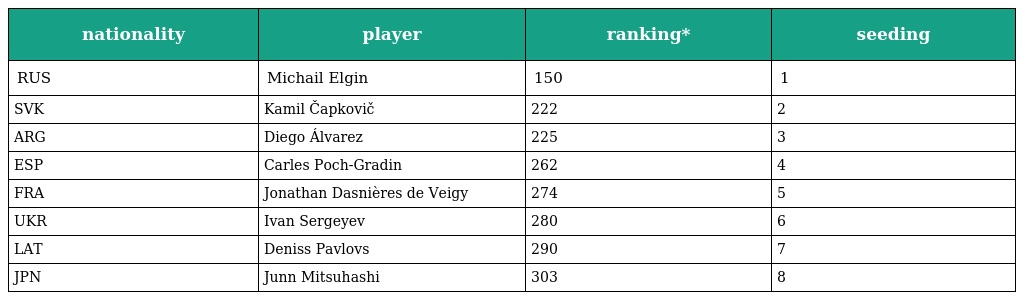
| nationality | player | ranking* | seeding |
 | --- | --- | --- | --- |
 | RUS | Michail Elgin | 150 | 1 |
 | SVK | Kamil Čapkovič | 222 | 2 |
 | ARG | Diego Álvarez | 225 | 3 |
 | ESP | Carles Poch-Gradin | 262 | 4 |
 | FRA | Jonathan Dasnières de Veigy | 274 | 5 |
 | UKR | Ivan Sergeyev | 280 | 6 |
 | LAT | Deniss Pavlovs | 290 | 7 |
 | JPN | Junn Mitsuhashi | 303 | 8 |